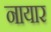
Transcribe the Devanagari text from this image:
नायार